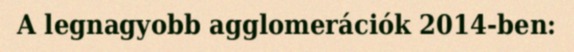
A legnagyobb agglomerációk 2014-ben: